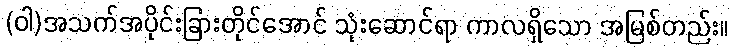
(ဝါ)အသက်အပိုင်းခြားတိုင်အောင် သုံးဆောင်ရာ ကာလရှိသော အမြစ်တည်း။